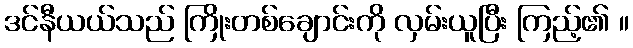
ဒင်နီယယ်သည် ကြိုးတစ်ချောင်းကို လှမ်းယူပြီး ကြည့်၏ ။